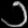
Digit: ၁